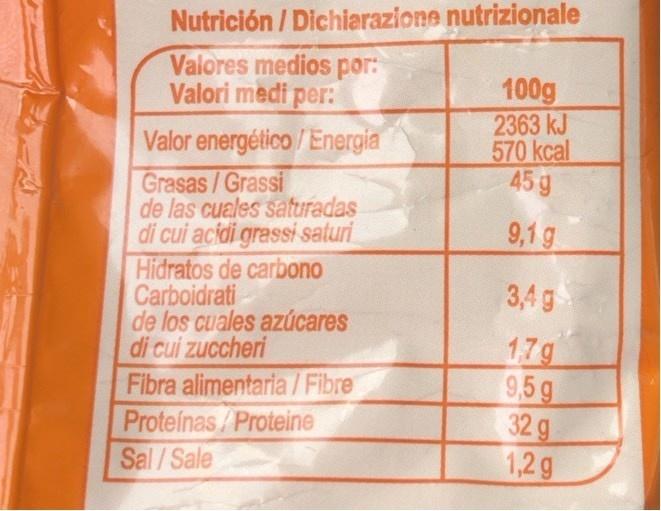
Nutrición / Dichiarazione nutrizionale
Valores medios por: Valori medi per:
100g 2363 kJ 570 kcal 45 g
Valor energético /Energia
Grasas/Grassi de las cuales saturadas di cui acidi grassi saturi Hidratos de carbono Carboidrati de los cuales azúcares di cui zuccheri Fibra alimentaria / Fibre Proteinas/Proteine Sal/Sale
9,1 g
3,4 g
17g 9,5 g 32 g 1,2g